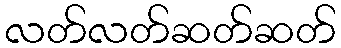
လတ်လတ်ဆတ်ဆတ်